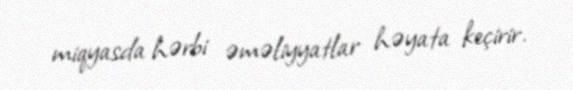
miqyasda hərbi əməliyyatlar həyata keçirir.